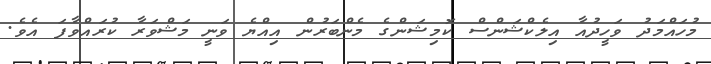
މުހައްމަދު ވަހީދުއާ އިލެކްޝަންސް ކޮމިޝަންގެ މެންބަރުން އިއްޔެ ވަނީ މަޝްވަރާ ކުރައްވާފަ އެވެ.